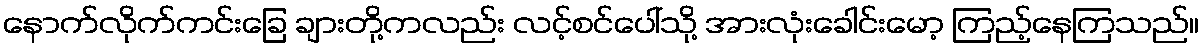
နောက်လိုက်ကင်းခြေ ချားတို့ကလည်း လင့်စင်ပေါ်သို့ အားလုံးခေါင်းမော့ ကြည့်နေကြသည်။